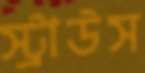
স্ট্রাউস